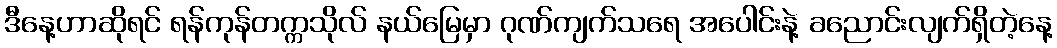
ဒီနေ့ဟာဆိုရင် ရန်ကုန်တက္ကသိုလ် နယ်မြေမှာ ဂုဏ်ကျက်သရေ အပေါင်းနဲ့ ခညောင်းလျက်ရှိတဲ့နေ့